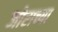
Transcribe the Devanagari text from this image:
जोराच्या